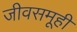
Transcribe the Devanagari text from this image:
जीवसमूही